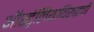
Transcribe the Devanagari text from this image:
ऑस्ट्रेलियाविरुद्धची